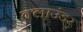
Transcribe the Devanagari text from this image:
क्लाउंडर